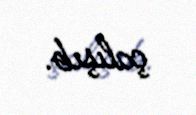
çalışıb.